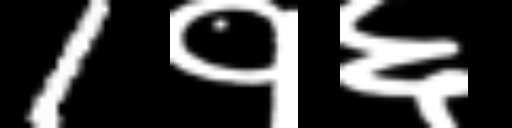
Text: 1१६